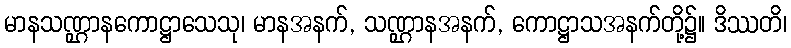
မာနသဏ္ဌာနကောဋ္ဌာသေသု၊ မာနအနက်, သဏ္ဌာနအနက်, ကောဋ္ဌာသအနက်တို့၌။ ဒိဿတိ၊